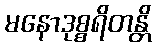
မနောဒုစ္စရိတန္တိ